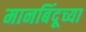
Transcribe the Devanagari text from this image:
मानबिंदूच्या